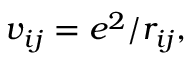
\begin{array} { r } { v _ { i j } = e ^ { 2 } / r _ { i j } , } \end{array}